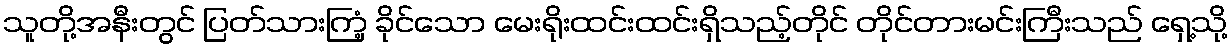
သူတို့အနီးတွင် ပြတ်သားကြံ့ ခိုင်သော မေးရိုးထင်းထင်းရှိသည့်တိုင် တိုင်တားမင်းကြီးသည် ရှေ့သို့